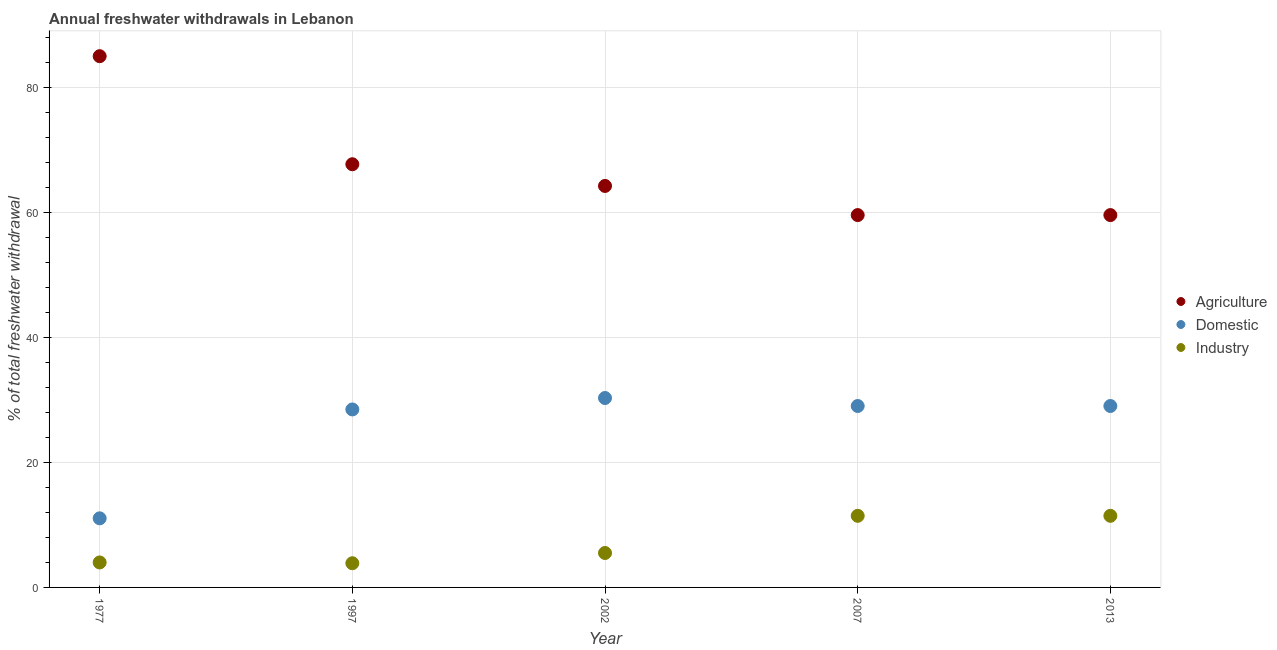
| Year | Agriculture | Domestic | Industry |
 | --- | --- | --- | --- |
 | 1977 | 85 | 11.1 | 4 |
 | 1997 | 67.7 | 28.5 | 3.87 |
 | 2002 | 64.2 | 30.3 | 5.51 |
 | 2007 | 59.5 | 29 | 11.4 |
 | 2013 | 59.5 | 29 | 11.4 |